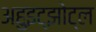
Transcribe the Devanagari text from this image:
अहुइट्झोट्ल